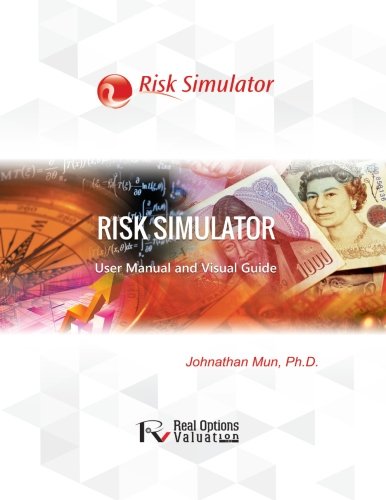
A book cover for Risk Simulator User Manual; Dr. Johnathan Mun; Business & Money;